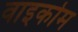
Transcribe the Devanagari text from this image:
वाइकोम